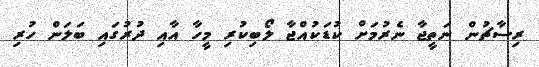
ރިސާޗުން ނަތީޖާ ނެރުމަށް ކުޑަކުއްޖާ ލޯބިކުރި މީހާ އާއި ދުރުގައި ބަލަން ހުރި